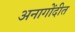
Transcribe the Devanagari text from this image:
अनागोंदीत